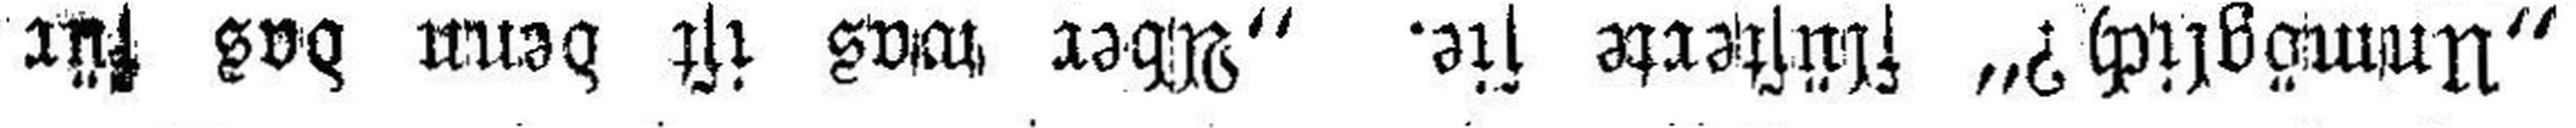
„Unmöglich?“ flüsterte sie. „Aber was ist denn das für